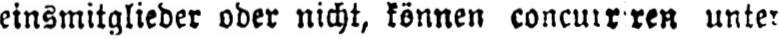
unter